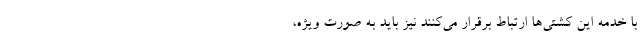
با خدمه این کشتی‌ها ارتباط برقرار می‌کنند نیز باید به صورت ویژه،